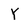
Character: Y